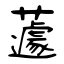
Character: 蘧